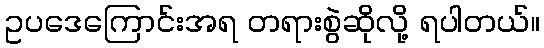
ဥပဒေကြောင်းအရ တရားစွဲဆိုလို့ ရပါတယ်။